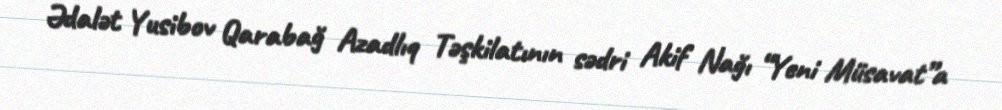
Ədalət Yusibov Qarabağ Azadlıq Təşkilatının sədri Akif Nağı “Yeni Müsavat”a